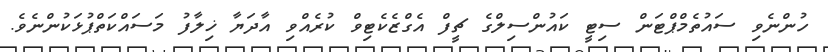
ހުންނެވި ސައުތެމްޕްޓަން ސިޓީ ކައުންސިލްގެ ޗީފް އެގްޒެކެޓިވް ކުރެއްވި އާދަޔާ ޚިލާފު މަސައްކަތްޕުޅަކުންނެވެ.